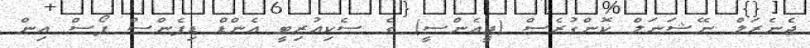
ޖެނެރަލް ނޭޝަނަލް ކޮންގުރެސް (ޖީއެންސީ) ގެ ސެކިއުރިޓީ އެންޑް ޑިފެންސް ފޯސް އިން